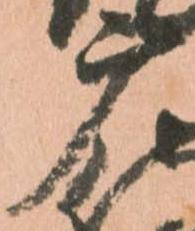
广